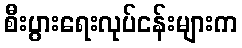
စီးပွားရေးလုပ်ငန်းများက